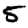
Digit: 5